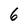
Character: 6